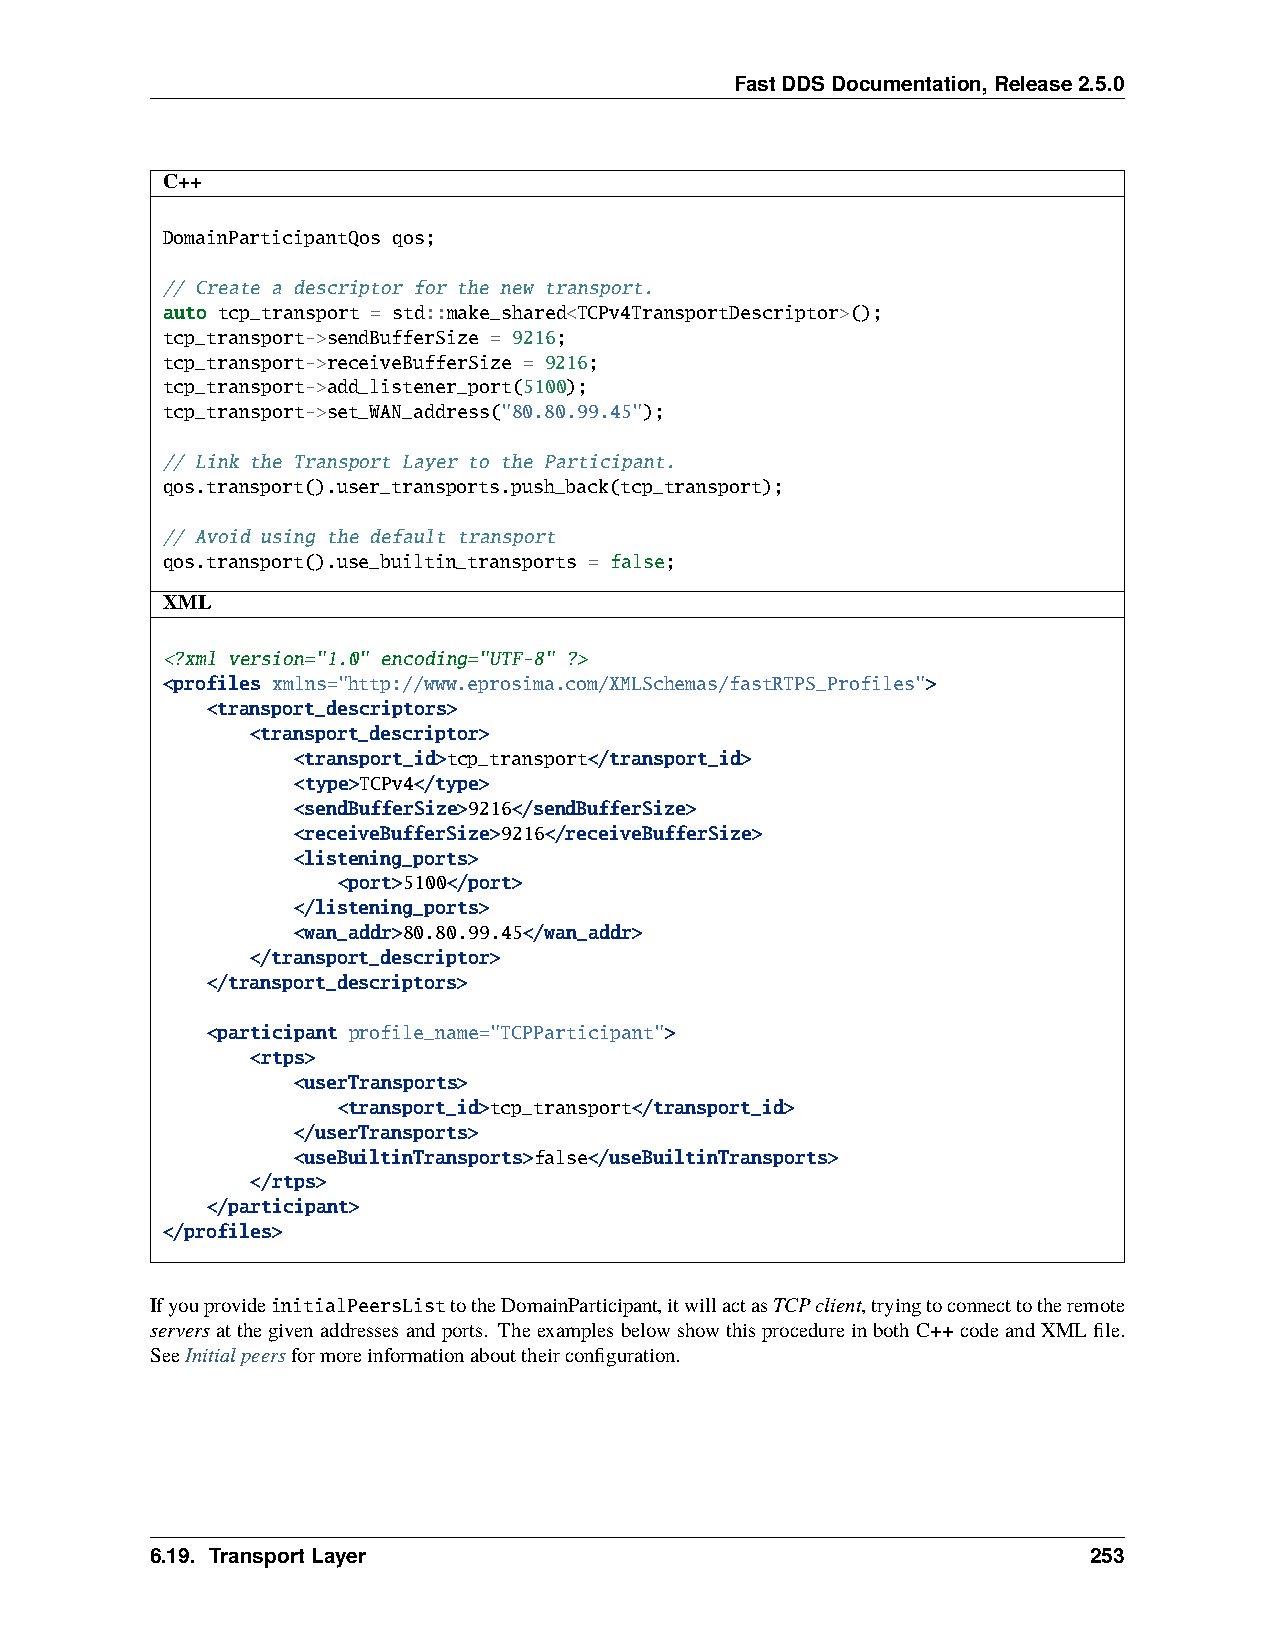
FastDDSDocumentation,Release2.5.0
 C++
 DomainParticipantQos qos;
 // Create a descriptor for the new transport.
 auto tcp_transport = std::make_shared<TCPv4TransportDescriptor>();
 tcp_transport->sendBufferSize = 9216;
 tcp_transport->receiveBufferSize = 9216;
 tcp_transport->add_listener_port(5100);
 tcp_transport->set_WAN_address("80.80.99.45");
 // Link the Transport Layer to the Participant.
 qos.transport().user_transports.push_back(tcp_transport);
 // Avoid using the default transport
 qos.transport().use_builtin_transports = false;
 XML
 <?xml version="1.0" encoding="UTF-8" ?>
 <profiles xmlns="http://www.eprosima.com/XMLSchemas/fastRTPS_Profiles">
 <transport_descriptors>
 <transport_descriptor>
 <transport_id>tcp_transport</transport_id>
 <type>TCPv4</type>
 <sendBufferSize>9216</sendBufferSize>
 <receiveBufferSize>9216</receiveBufferSize>
 <listening_ports>
 <port>5100</port>
 </listening_ports>
 <wan_addr>80.80.99.45</wan_addr>
 </transport_descriptor>
 </transport_descriptors>
 <participant profile_name="TCPParticipant">
 <rtps>
 <userTransports>
 <transport_id>tcp_transport</transport_id>
 </userTransports>
 <useBuiltinTransports>false</useBuiltinTransports>
 </rtps>
 </participant>
 </profiles>
 IfyouprovideinitialPeersListtotheDomainParticipant,itwillactasTCPclient,tryingtoconnecttotheremote
 serversatthegivenaddressesandports. TheexamplesbelowshowthisprocedureinbothC++codeandXMLfile.
 SeeInitialpeersformoreinformationabouttheirconfiguration.
 6.19. TransportLayer                                          253